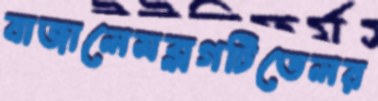
বাজালেমব্লগটিতেলর